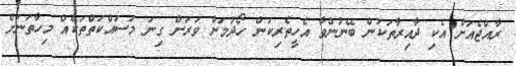
ރާއްޖެއަށް އެކި ދާއިރާތަކުން ބޭނުންވާ އެހީތެރިކަން ހޯދުމަށް ވަރަށް ގިނަ މަސައްކަތްތަކެއް މިހާތަނަށް